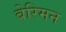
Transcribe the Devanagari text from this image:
बेरिमन